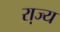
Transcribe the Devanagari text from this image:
रा़ज्य